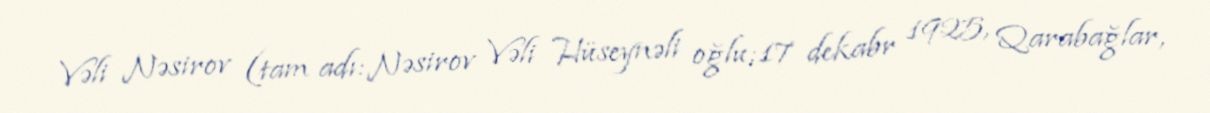
Vəli Nəsirov (tam adı:Nəsirov Vəli Hüseynəli oğlu;17 dekabr 1925, Qarabağlar,